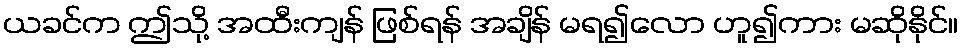
ယခင်က ဤသို့ အထီးကျန် ဖြစ်ရန် အချိန် မရ၍လော ဟူ၍ကား မဆိုနိုင်။